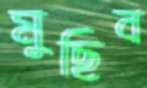
মুছিব